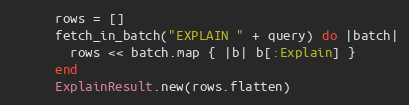
Language: Ruby
      rows = []
      fetch_in_batch("EXPLAIN " + query) do |batch|
        rows << batch.map { |b| b[:Explain] }
      end
      ExplainResult.new(rows.flatten)